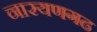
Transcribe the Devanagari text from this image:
नारयणगढ